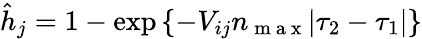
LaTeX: \begin{array}{r}{\hat{h}_{j}=1-\exp\left\{ -V_{ij}n_{\mathrm{~m~a~x~}}|\tau_{2}-\tau_{1}|\right\} }\end{array}